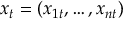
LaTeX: x _ { t } = ( x _ { 1 t } , \dots , x _ { n t } )